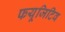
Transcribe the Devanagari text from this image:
फयूजिटिव